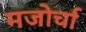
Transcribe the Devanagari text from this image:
मजोर्चा